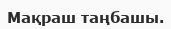
Мақраш таңбашы.